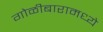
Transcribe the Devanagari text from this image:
गोळीबारामध्ये